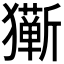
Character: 𰡩